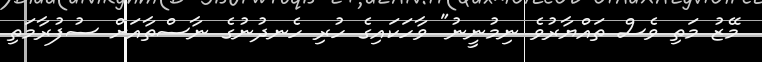
މޭޒު މަތި ވެސް ތައްޔާރުވެ ނިމުނީނު" ވާހަކައިގެ ހުރި ހެނދުނުގެ ނާސްތާއަށް ސުފުރާމަތި